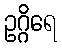
ဥဂ္ဂိရေ